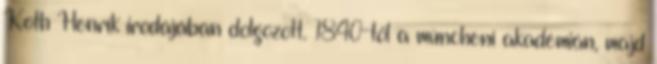
Koth Henrik irodájában dolgozott. 1840-től a müncheni akadémián, majd